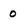
Character: 0